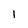
Character: 1